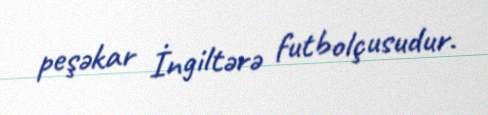
peşəkar İngiltərə futbolçusudur.